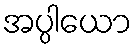
အပ္ပါယော